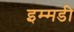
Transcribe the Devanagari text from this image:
इम्मडी